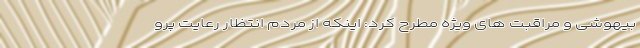
بیهوشی و مراقبت های ویژه مطرح کرد: اینکه از مردم انتظار رعایت پرو